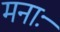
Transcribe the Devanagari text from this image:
मनाः